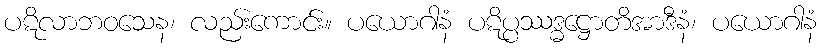
ပဋိလာဘဝသေန၊ လည်းကောင်း။ ပယောဂါနံ ပဋိပ္ပဿဒ္ဓဋ္ဌောတိအာဒီနံ၊ ပယောဂါနံ